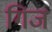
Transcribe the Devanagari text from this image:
गिज